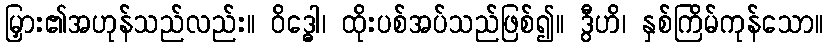
မြှား၏အဟုန်သည်လည်း။ ဝိဒ္ဓေါ၊ ထိုးပစ်အပ်သည်ဖြစ်၍။ ဒွီဟိ၊ နှစ်ကြိမ်ကုန်သော။